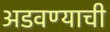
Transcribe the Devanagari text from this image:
अडवण्याची